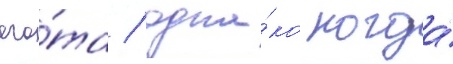
ага́та / одна́ко когда́